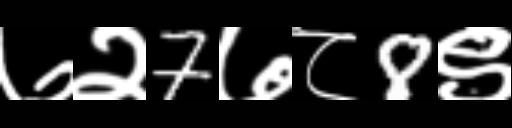
Text: ७२7७८8९